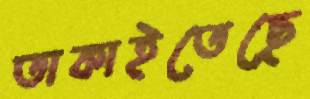
তাকাইতেছে